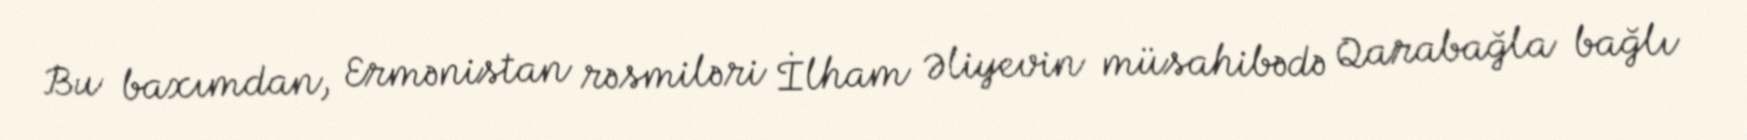
Bu baxımdan, Ermənistan rəsmiləri İlham Əliyevin müsahibədə Qarabağla bağlı